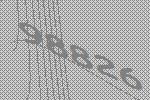
98826